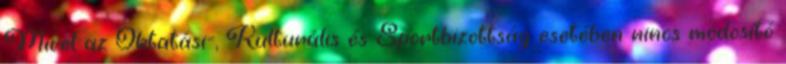
Mivel az Oktatási-, Kulturális és Sportbizottság esetében nincs módosító